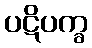
ပဋိပက္ခ